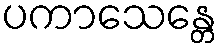
ပကာသေန္တေ